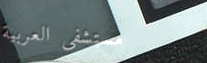
مستشفى العربية